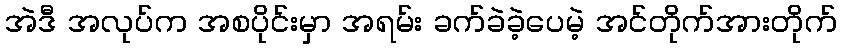
အဲဒီ အလုပ်က အစပိုင်းမှာ အရမ်း ခက်ခဲခဲ့ပေမဲ့ အင်တိုက်အားတိုက်